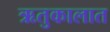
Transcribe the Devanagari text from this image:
ऋतुकालात